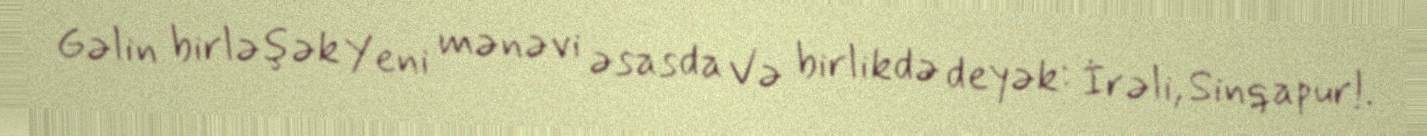
Gəlin birləşək Yeni mənəvi əsasda Və birlikdə deyək: İrəli, Sinqapur!.